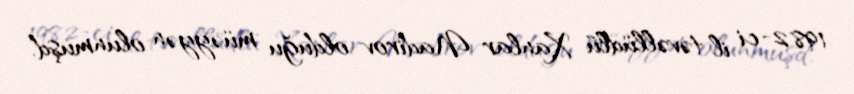
1982-ci il təvəllüdlü Xanlar Nadirov olduğu müəyyən olunmuşd.